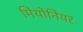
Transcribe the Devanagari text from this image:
मियोनियर